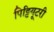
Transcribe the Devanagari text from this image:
पिट्टियूटरी